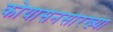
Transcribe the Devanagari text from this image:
कोयासनसारख्या